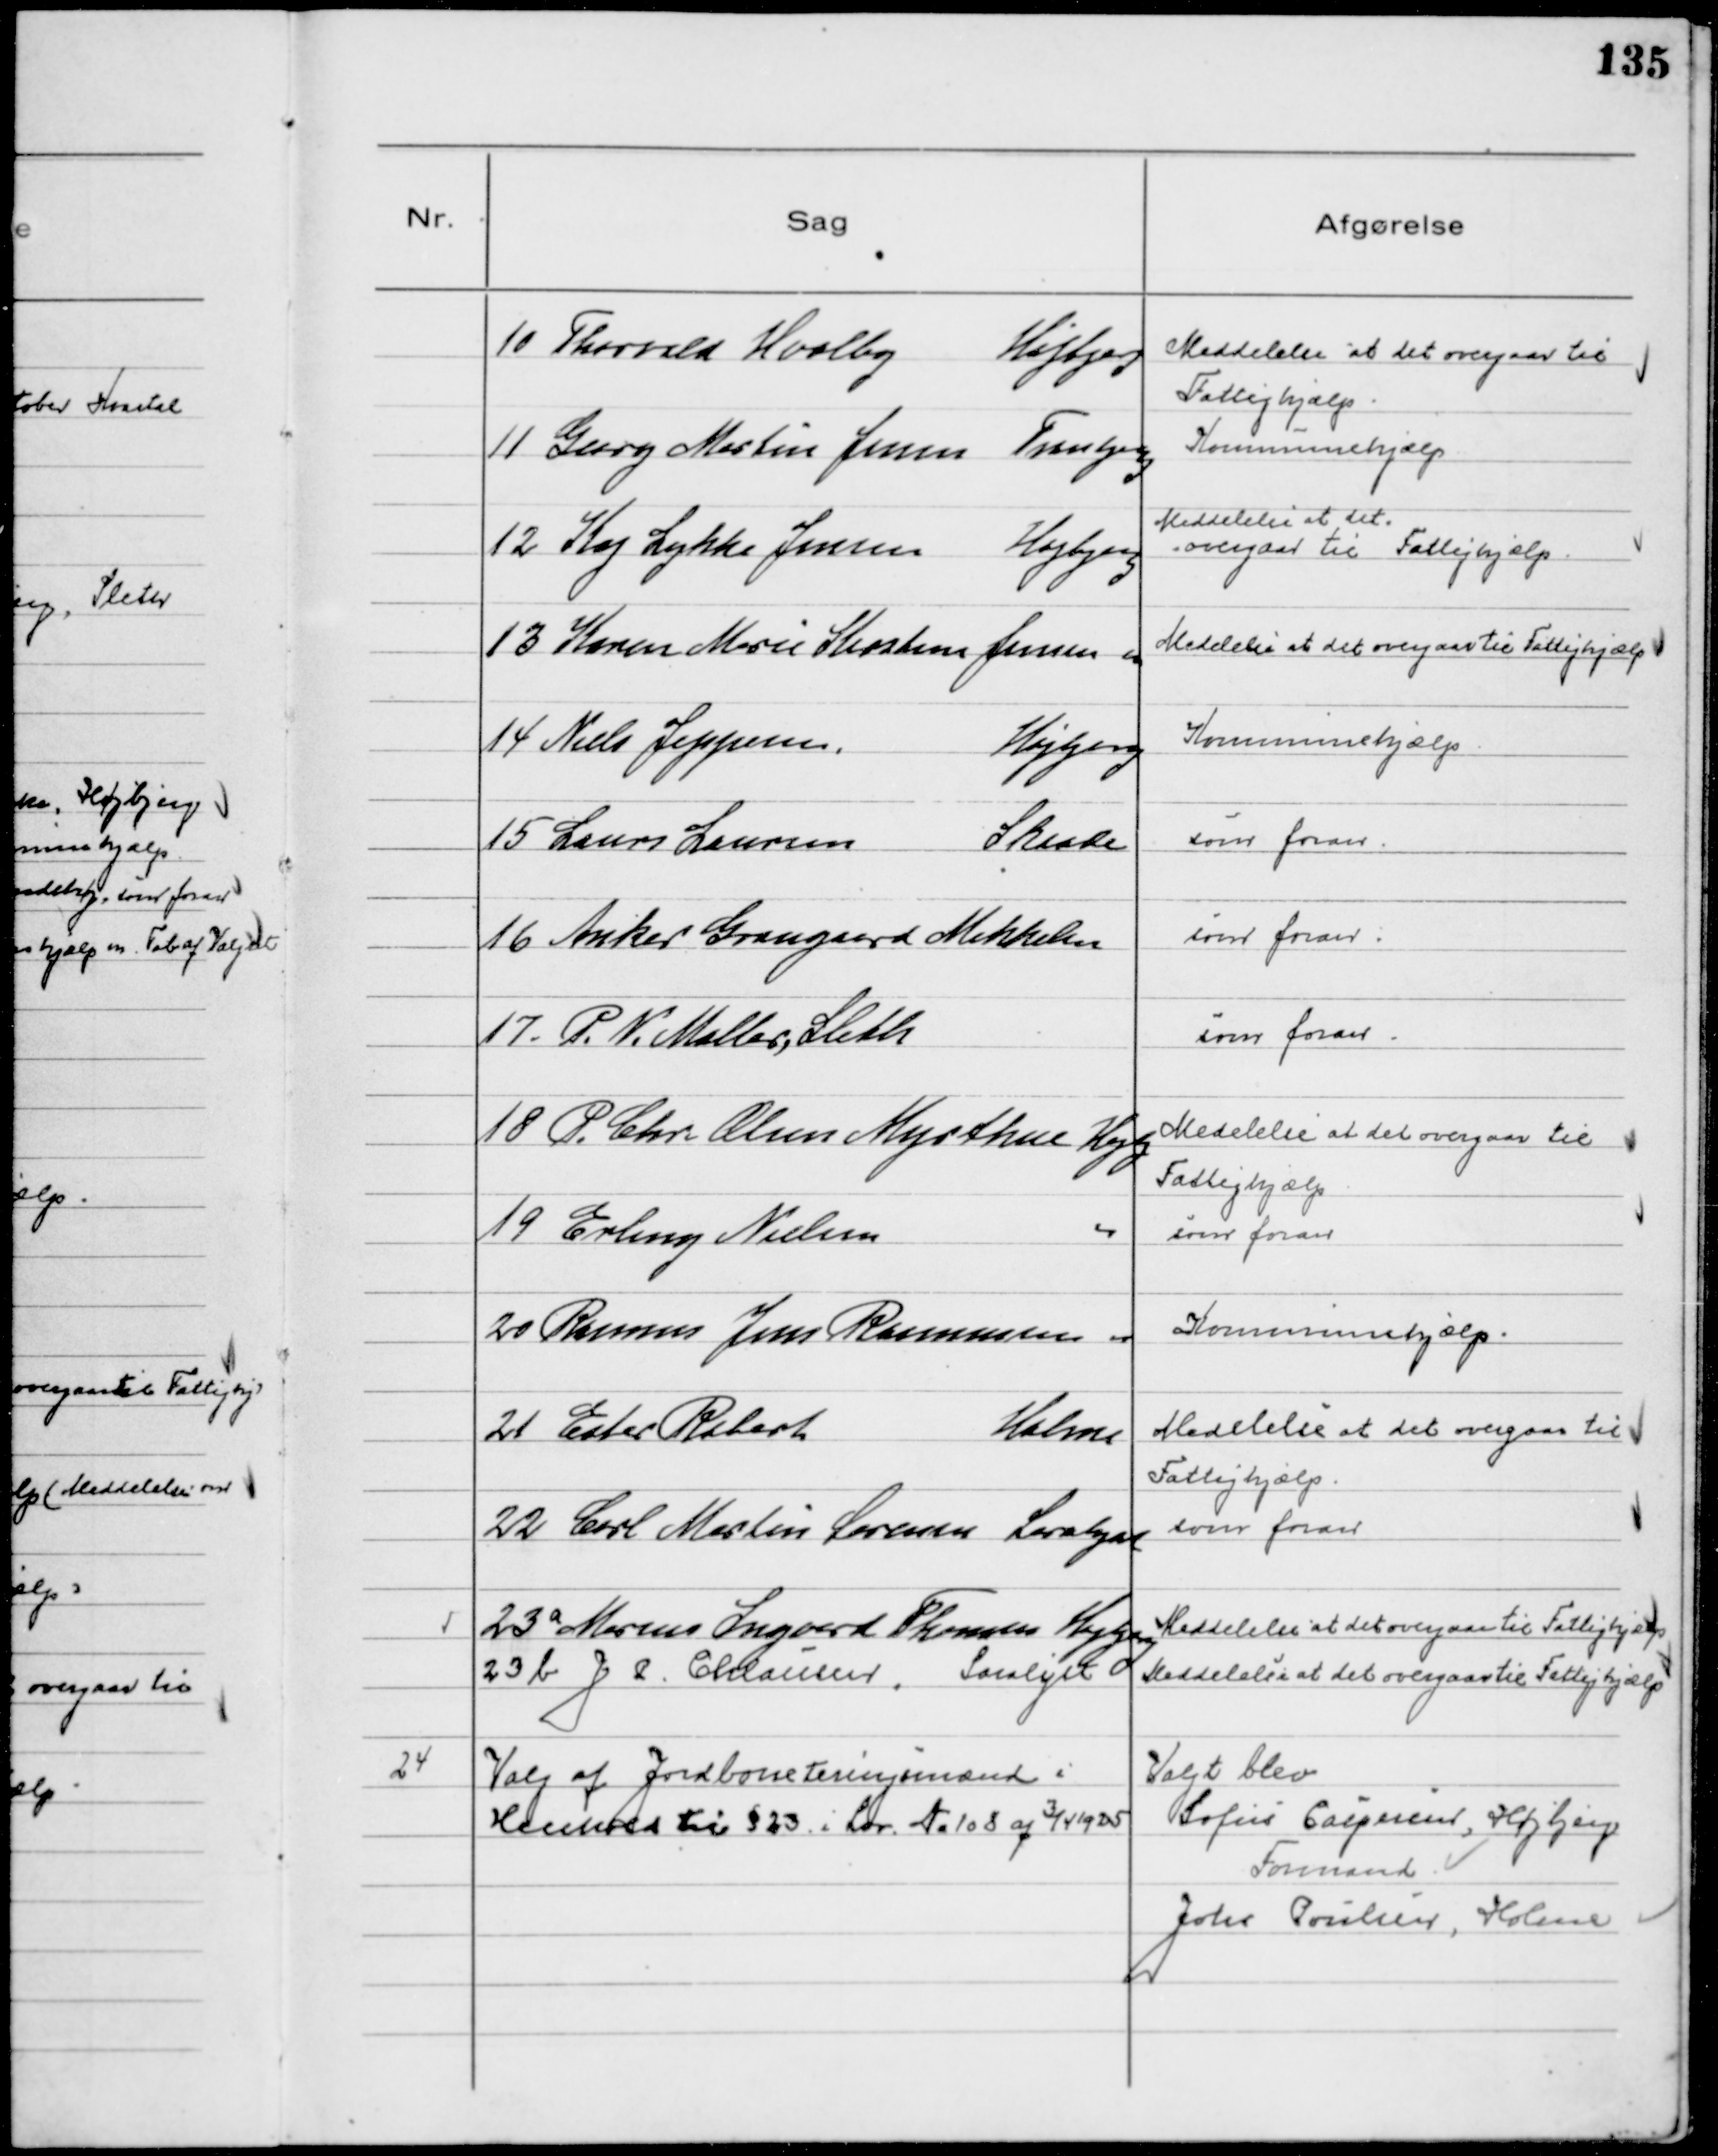
Transskription:
10 Thorvald Hvolby Højbjerg

Meddelelse at det overgaar til
Fattighjælp

11 Georg Martin Jensen Tranbjerg

Kommunehjælp

12 Kaj Lykke Jensen Højbjerg

Meddelelse at det
overgaar til Fattighjælp

13 Karen Marie Kirstine Jensen

Meddelse at det overgaar til Fattighjælp

14 Niels Jeppesen.
Højbjerg

Kommunehjælp

15 Laurs Laursen 
Skaade

som foran

16 Anker Graugaard Mikkelsen

som foran

17 P. N. Møller, Sleth

som foran

18 P. Chr. Olsen Myrthue Højbj

Medelelse at det overgaar til
Fattighjælp

19 Erling Nielsen

som foran

20  Rasmus Jens Rasmussen

Kommunehjælp

21 Ester Robert  
Holme

Medelelse at det overgaar til
Fattighjælp

22 Carl Martin Sørensen Saralyst

som foran

23 a  Marius Ingvard Thomsen  Højbjerg
Meddelelse at det overgaar til Fattighjælp
23 b  J P. Chlausen, Saralyst
Meddelelse at det overgaar til Fattighjælp

24
Valg af Jordboneteringsmænd i
Henhold til § 23 i Lov № 108 af 3/4 1925

Valgt blev
Sofus Caspersen, Højbjerg
Formand
Johs Poulsen, Holme